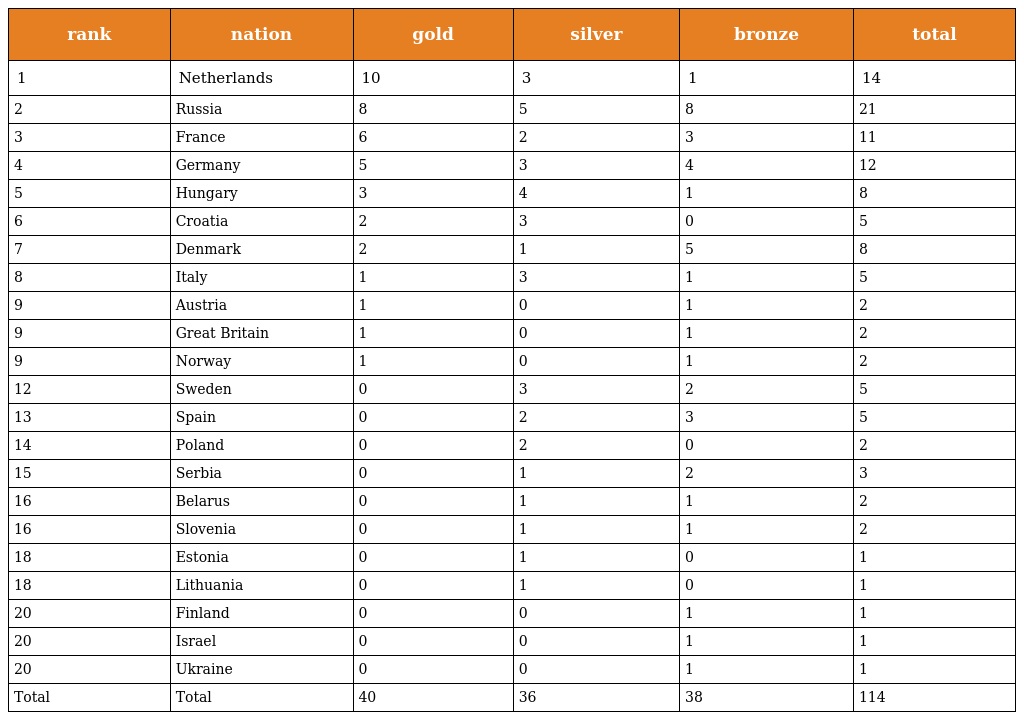
| rank | nation | gold | silver | bronze | total |
 | --- | --- | --- | --- | --- | --- |
 | 1 | Netherlands | 10 | 3 | 1 | 14 |
 | 2 | Russia | 8 | 5 | 8 | 21 |
 | 3 | France | 6 | 2 | 3 | 11 |
 | 4 | Germany | 5 | 3 | 4 | 12 |
 | 5 | Hungary | 3 | 4 | 1 | 8 |
 | 6 | Croatia | 2 | 3 | 0 | 5 |
 | 7 | Denmark | 2 | 1 | 5 | 8 |
 | 8 | Italy | 1 | 3 | 1 | 5 |
 | 9 | Austria | 1 | 0 | 1 | 2 |
 | 9 | Great Britain | 1 | 0 | 1 | 2 |
 | 9 | Norway | 1 | 0 | 1 | 2 |
 | 12 | Sweden | 0 | 3 | 2 | 5 |
 | 13 | Spain | 0 | 2 | 3 | 5 |
 | 14 | Poland | 0 | 2 | 0 | 2 |
 | 15 | Serbia | 0 | 1 | 2 | 3 |
 | 16 | Belarus | 0 | 1 | 1 | 2 |
 | 16 | Slovenia | 0 | 1 | 1 | 2 |
 | 18 | Estonia | 0 | 1 | 0 | 1 |
 | 18 | Lithuania | 0 | 1 | 0 | 1 |
 | 20 | Finland | 0 | 0 | 1 | 1 |
 | 20 | Israel | 0 | 0 | 1 | 1 |
 | 20 | Ukraine | 0 | 0 | 1 | 1 |
 | Total | Total | 40 | 36 | 38 | 114 |